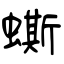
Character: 蟖